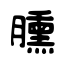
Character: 臐